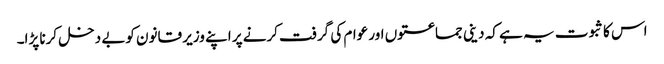
اس کا ثبوت یہ ہے کہ دینی جماعتوں اور عوام کی گرفت کرنے پر اپنے وزیر قانون کوبے دخل کرنا پڑا۔